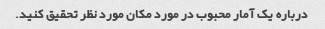
درباره یک آمار محبوب در مورد مکان مورد نظر تحقیق کنید.